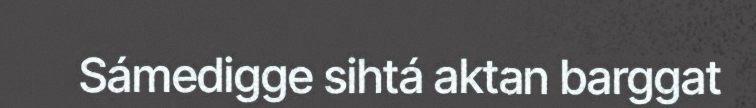
Sámedigge sihtá aktan barggat